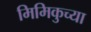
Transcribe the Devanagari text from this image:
मिमिकुच्या